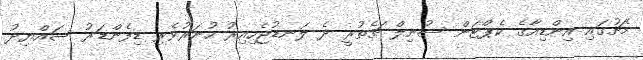
މެޗުގައި އިންޑިއާގެ ކެޕްޓަން ސުނިލް ޗެތުރީ ދެ ލަނޑުޖެހިއިރު ހުނަރުވެރި ޑިފެންޑަރު ސައްޔިދު